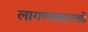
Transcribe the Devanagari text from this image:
लागण्यासारखी